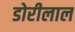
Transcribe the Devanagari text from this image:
डोरीलाल